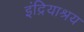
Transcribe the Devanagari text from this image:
इंद्रियाश्रय